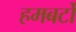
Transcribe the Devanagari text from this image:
हमबर्टो